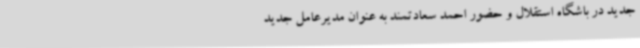
جدید در باشگاه استقلال و حضور احمد سعادتمند به عنوان مدیرعامل جدید